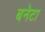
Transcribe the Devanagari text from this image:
बनेटा